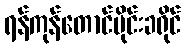
ရန်ကုန်တောင်ပိုင်းခရိုင်